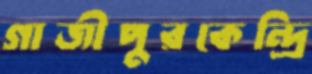
গাজীপুরকেন্দ্রি